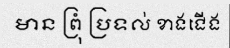
មាន ព្រុំ ប្រទល់ ខាងជើង